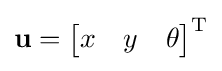
\mathbf {u} ={\begin{bmatrix}x&y&\theta \end{bmatrix}}^{\mathrm {T} }